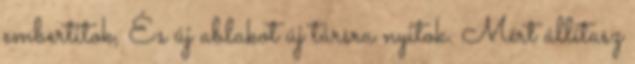
embertitok, És új ablakot új társra nyitok. Mért állítasz